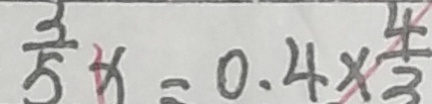
\frac { 3 } { 5 } x = 0 . 4 \times \frac { 4 } { 3 }